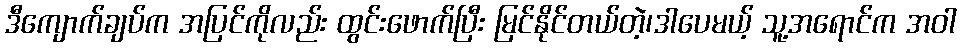
ဒီကျောက်ချပ်က အပြင်ကိုလည်း ထွင်းဖောက်ပြီး မြင်နိုင်တယ်တဲ့၊ဒါပေမယ့် သူ့အရောင်က အဝါ